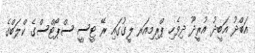
އަބްދު އަބީދު އުރީދޫ ދިވެހި ޕްރިމިއަރ ލީގުގައި ރޭ ޓީސީ ސްޕޯޓްސްގެ ކްލަބްގެ